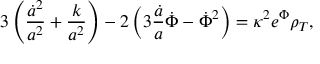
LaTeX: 3 \left( \frac { \dot { a } ^ { 2 } } { a ^ { 2 } } + \frac { k } { a ^ { 2 } } \right) - 2 \left( 3 \frac { \dot { a } } { a } \dot { \Phi } - \dot { \Phi } ^ { 2 } \right) = \kappa ^ { 2 } e ^ { \Phi } \rho _ { T } ,